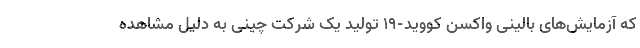
که آزمایش‌های بالینی واکسن کووید-۱۹ تولید یک شرکت چینی به دلیل مشاهده